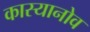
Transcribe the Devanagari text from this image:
कास्यानोव